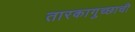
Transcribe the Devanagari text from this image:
तारकागुच्छाची